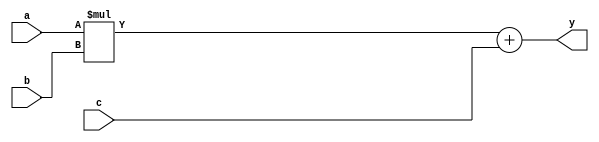
module macc_16_16_32(a, b, c, y);
input [15:0] a, b;
input [31:0] c;
output [31:0] y;
assign y = a*b + c;
endmodule